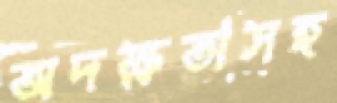
অদক্ষতাসহ